Ernst_Jaakson, lk 3
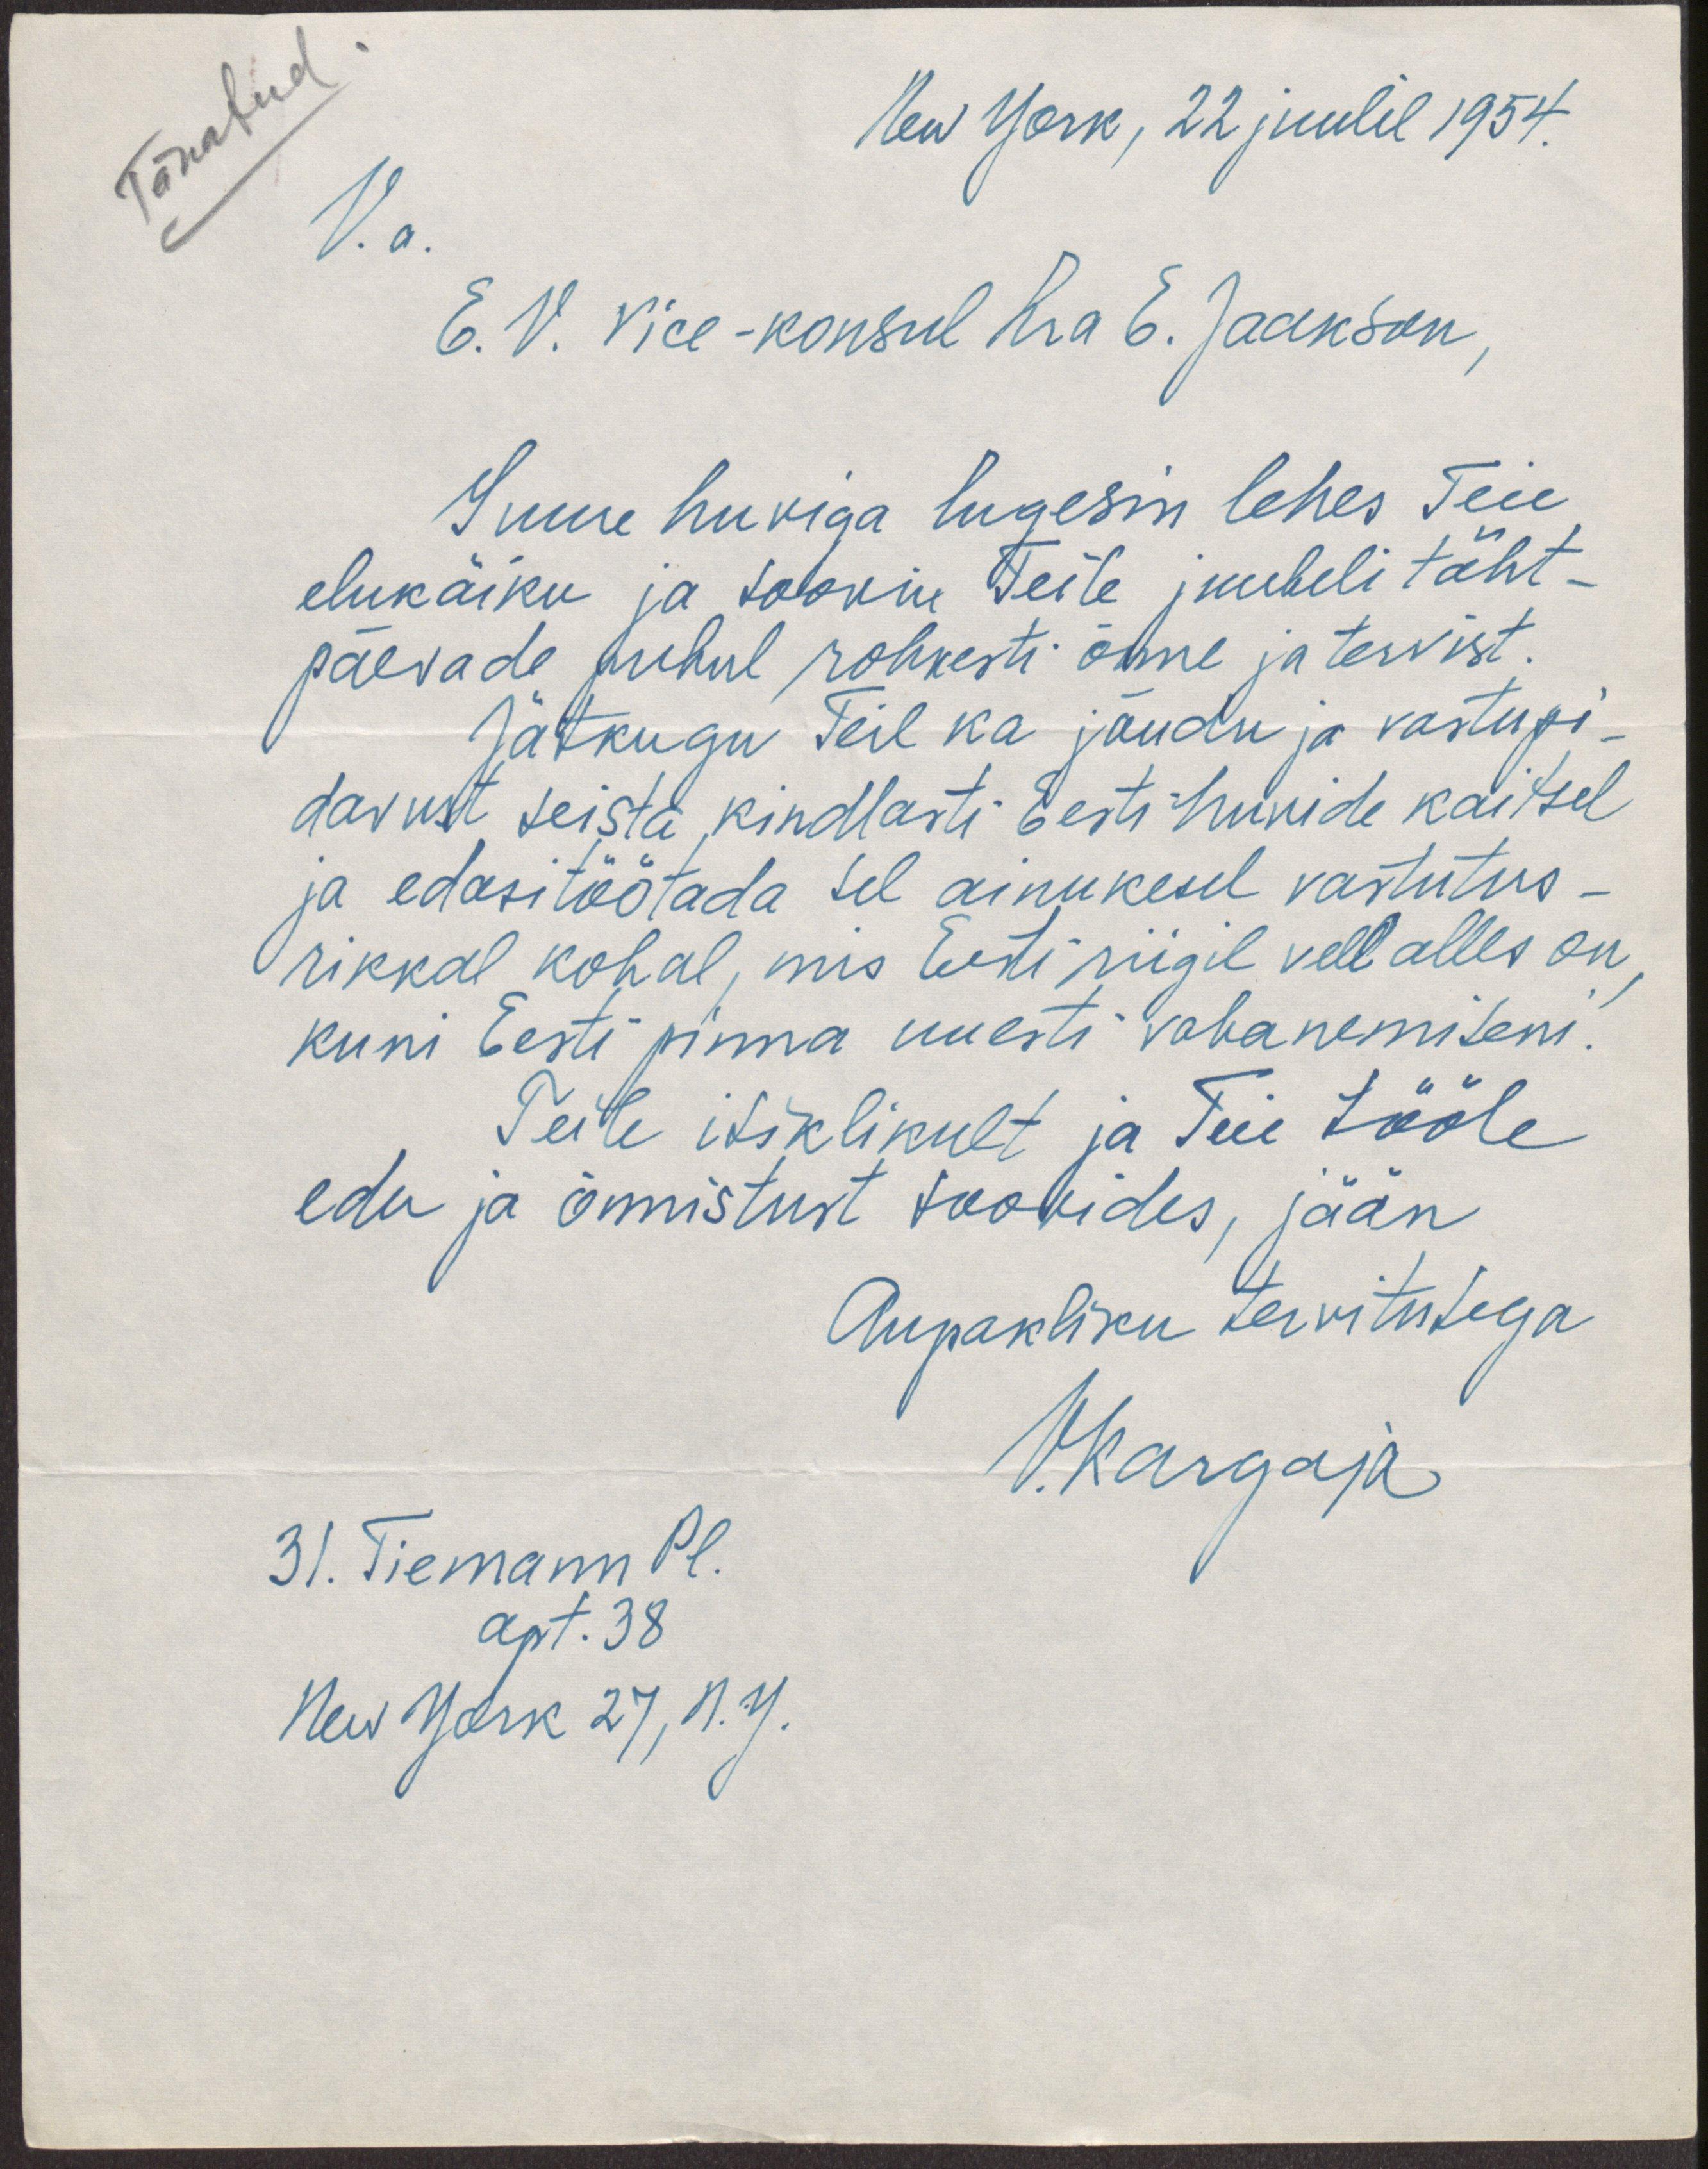
Tänatud
New York, 22 juulil 1954.
V.a.
E. V. Vice-konsul hra E. Jaakson,
Suure huviga lugesin lehes Teie
elukäiku ja soovin Teile juubeli täht-
päevade puhul rohkesti õnne ja tervist.
Jätkugu Teil ka jõudu ja vastupi-
davust seista kindlasti Eesti huvide kaitsel
ja edasi töötada sel ainukesel vastutus-
rikkal kohal, mis Eesti riigil veel alles on,
kuni Eesti pinna uuesti vabanemiseni.
Teile isiklikult ja Teie tööle
edu ja õnnistust soovides, jään
Aupakliku tervitutega
V.Kargaja
31. Tiemann Pl.
apt. 38
New York 27, N.Y.